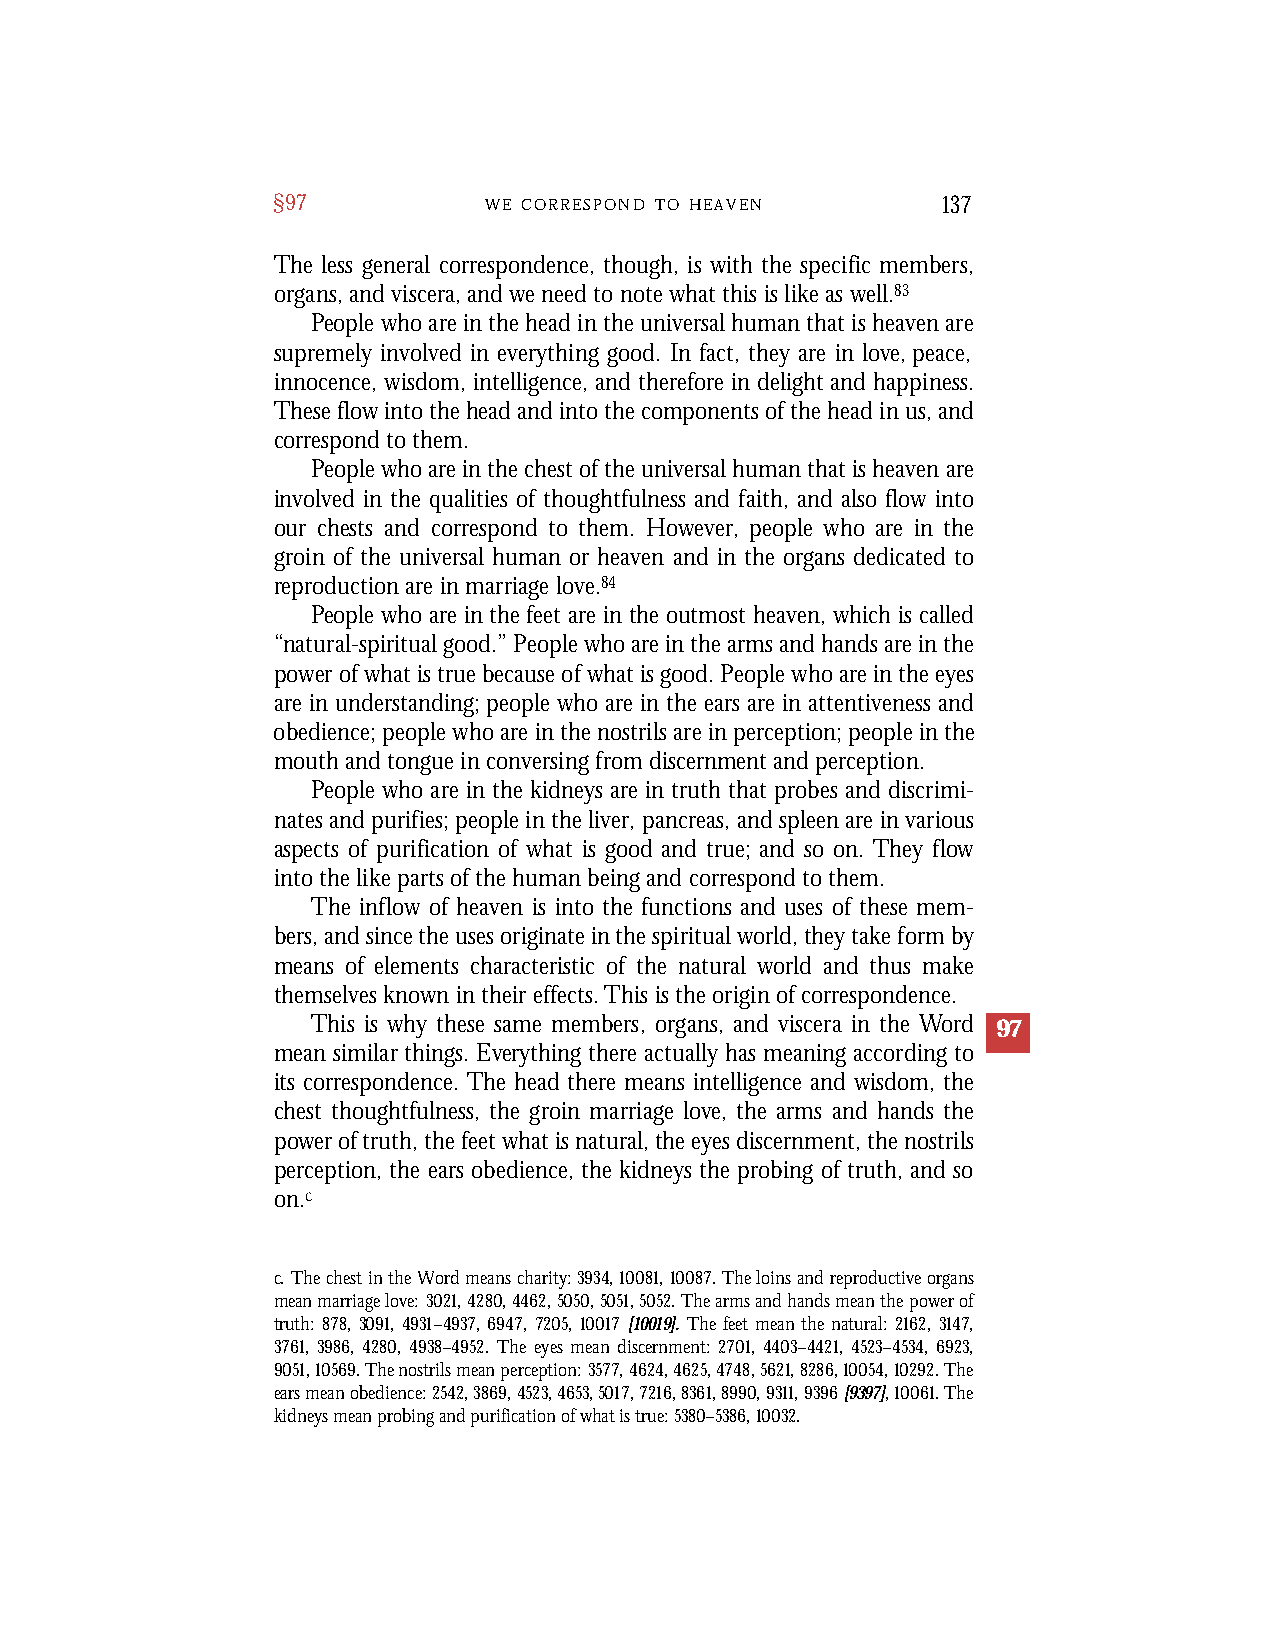
§97           W E C O R R E S P O N D T O H E A V E N 137
 The less general correspondence, though, is with the specific members,
 organs, and viscera, and we need to note what this is like as well.83
 People who are in the head in the universal human that is heaven are
 supremely involved in everything good. In fact, they are in love, peace,
 innocence, wisdom, intelligence, and therefore in delight and happiness.
 These flow into the head and into the components of the head in us, and
 correspond to them.
 People who are in the chest of the universal human that is heaven are
 involved in the qualities of thoughtfulness and faith, and also flow into
 our chests and correspond to them. However, people who are in the
 groin of the universal human or heaven and in the organs dedicated to
 reproduction are in marriage love.84
 People who are in the feet are in the outmost heaven, which is called
 “natural-spiritual good.” People who are in the arms and hands are in the
 power of what is true because of what is good. People who are in the eyes
 are in understanding; people who are in the ears are in attentiveness and
 obedience; people who are in the nostrils are in perception; people in the
 mouth and tongue in conversing from discernment and perception.
 People who are in the kidneys are in truth that probes and discrimi-
 nates and purifies; people in the liver, pancreas, and spleen are in various
 aspects of purification of what is good and true; and so on. They flow
 into the like parts of the human being and correspond to them.
 The inflow of heaven is into the functions and uses of these mem-
 bers, and since the uses originate in the spiritual world, they take form by
 means of elements characteristic of the natural world and thus make
 themselves known in their effects. This is the origin of correspondence.
 This is why these same members, organs, and viscera in the Word 97
 mean similar things. Everything there actually has meaning according to
 its correspondence. The head there means intelligence and wisdom, the
 chest thoughtfulness, the groin marriage love, the arms and hands the
 power of truth, the feet what is natural, the eyes discernment, the nostrils
 perception, the ears obedience, the kidneys the probing of truth, and so
 on.c
 c. The chest in the Word means charity: 3934,10081,10087. The loins and reproductive organs
 mean marriage love: 3021,4280,4462,5050,5051,5052. The arms and hands mean the power of
 truth: 878, 3091, 4931–4937, 6947, 7205, 10017 [10019]. The feet mean the natural: 2162, 3147,
 3761, 3986, 4280, 4938–4952. The eyes mean discernment: 2701, 4403–4421, 4523–4534, 6923,
 9051,10569. The nostrils mean perception: 3577,4624,4625,4748,5621,8286,10054,10292. The
 ears mean obedience: 2542,3869,4523,4653,5017,7216,8361,8990,9311,9396[9397],10061. The
 kidneys mean probing and purification of what is true: 5380–5386, 10032.